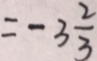
= - 3 \frac { 2 } { 3 }